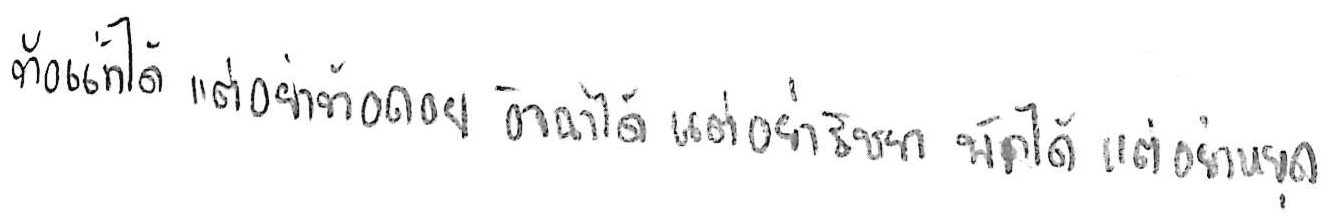
ท้อแท้ได้ แต่อย่าท้อถอย อิจฉาได้ แต่อย่าริษยา พักได้ แต่อย่าหยุด